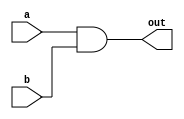
module and_gate (
    input wire a,
    input wire b,
    output wire out
);

    assign out = a & b;

endmodule //and_gate